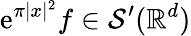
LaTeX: \mathrm{e}^{\pi|x|^{2}}f\in{\mathcal{{S}}}^{\prime}(\mathbb{{R}}^{d})